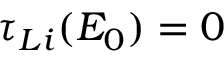
\tau _ { L i } ( E _ { 0 } ) = 0